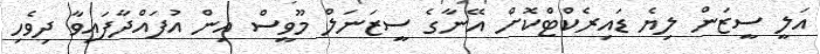
އަލީ ސީޒަން ލިޔެ ޑައިރެކްޓްކޮށް އޭނާގެ ސީޒަނަލް މޫވީސް އިން އުފައްދާފައިވާ ދިވެހި